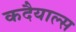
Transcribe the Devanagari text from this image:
कदैयाल्स